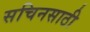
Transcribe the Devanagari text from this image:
सचिनसाठी